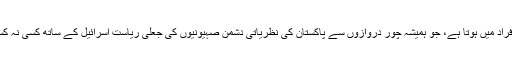
سابق صدر پاکستان پرویز مشرف کا شمار پاکستان میں موجود ان چند افراد میں ہوتا ہے، جو ہمیشہ چور دروازوں سے پاکستان کی نظریاتی دشمن صہیونیوں کی جعلی ریاست اسرائیل کے ساتھ کسی نہ کسی بہانے سے تعلقات بنانے یا دوستی قائم کرنے کے خواہاں رہے ہیں۔